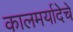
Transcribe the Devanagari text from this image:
कालमर्यादेचे